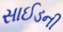
સાઈડની